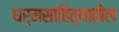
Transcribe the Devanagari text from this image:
धर्मसाहित्यातील